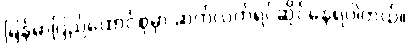
မြန်မာပြည်ထောင်စုမှာ ဆက်လက်ရင်ဆိုင်နေရပါတယ်။